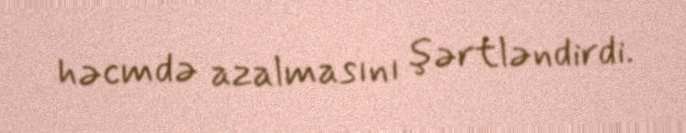
həcmdə azalmasını şərtləndirdi.